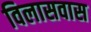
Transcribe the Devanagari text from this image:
विलासवास